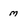
Character: m